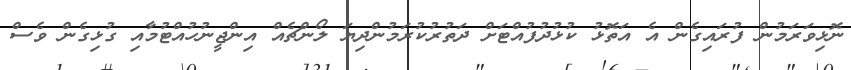
ނޮޅިވަރަމުން ފުރައިގެން އެ އަތޮޅު ކުޅުދުފުއްޓަށް ދަތުރުކުރަމުންދިޔަ ލޯންޗެއް އިންޖީނުހުއްޓުމާއި ގުޅިގެން ވެސް